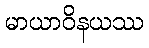
မာယာဝိနယဿ